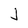
Character: j